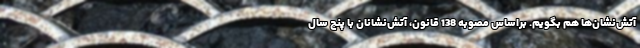
آتش‌نشان‌ها هم بگویم. براساس مصوبه 138 قانون، آتش‌نشانان با پنج سال